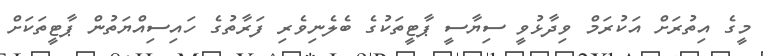
މީގެ އިތުރަށް އަކުރަމް ވިދާޅުވީ ސިޔާސީ ޕާޓީތަކުގެ ބެލެނިވެރި ފަރާތުގެ ހައިސިއްޔަތުން ޕާޓީތަކަށް